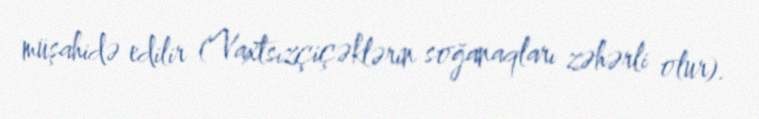
müşahidə edilir (Vaxtsızçiçəklərin soğanaqları zəhərli olur).